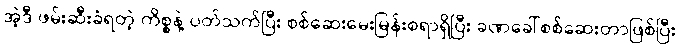
အဲ့ဒီ ဖမ်းဆီးခံရတဲ့ ကိစ္စနဲ့ ပတ်သက်ပြီး စစ်ဆေးမေးမြန်းစရာရှိပြီး ခဏခေါ်စစ်ဆေးတာဖြစ်ပြီး